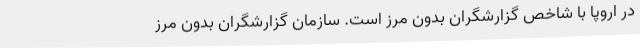
در اروپا با شاخص گزارشگران بدون مرز است. سازمان گزارشگران بدون مرز